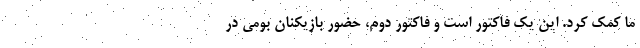
ما کمک کرد. این یک فاکتور است و فاکتور دوم، حضور بازیکنان بومی در